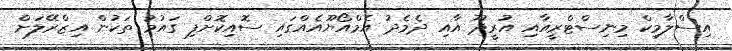
އިސްލާމިކް މިނިސްޓްރީއާއި އުރީދޫ އާއި ދެމެދު އެމްއޯޔޫއެއްގައި ސޮއިކޮށްފި ގައުމު ތަކުން އިޒްރޭލަށް